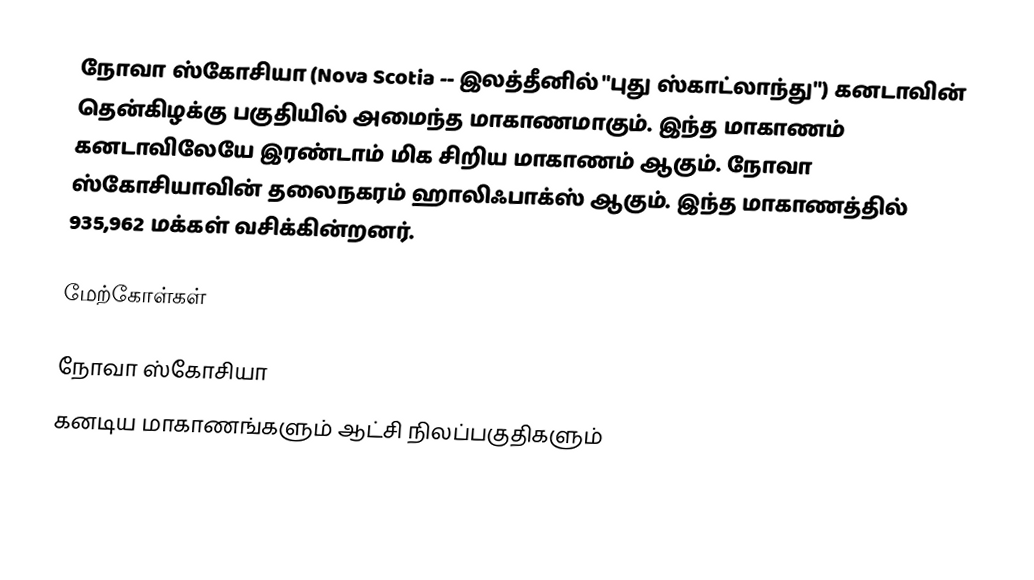
நோவா ஸ்கோசியா (Nova Scotia -- இலத்தீனில் "புது ஸ்காட்லாந்து") கனடாவின் தென்கிழக்கு பகுதியில் அமைந்த மாகாணமாகும். இந்த மாகாணம் கனடாவிலேயே இரண்டாம் மிக சிறிய மாகாணம் ஆகும். நோவா ஸ்கோசியாவின் தலைநகரம் ஹாலிஃபாக்ஸ் ஆகும். இந்த மாகாணத்தில் 935,962 மக்கள் வசிக்கின்றனர்.

மேற்கோள்கள்

நோவா ஸ்கோசியா
கனடிய மாகாணங்களும் ஆட்சி நிலப்பகுதிகளும்